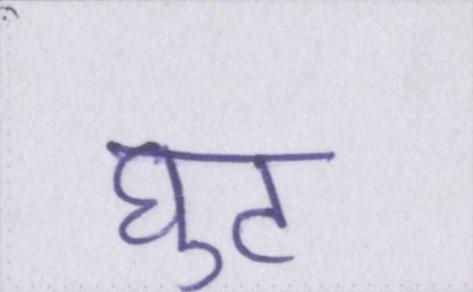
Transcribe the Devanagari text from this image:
घुट